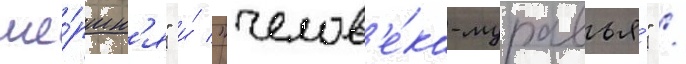
ше́ршн'я" и́ "челов'е́ка-муравья́" /